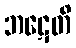
ဘဋေတိ